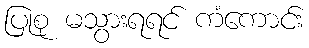
ပြုစု မသွားရရင် ကံကောင်း